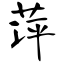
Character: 萍